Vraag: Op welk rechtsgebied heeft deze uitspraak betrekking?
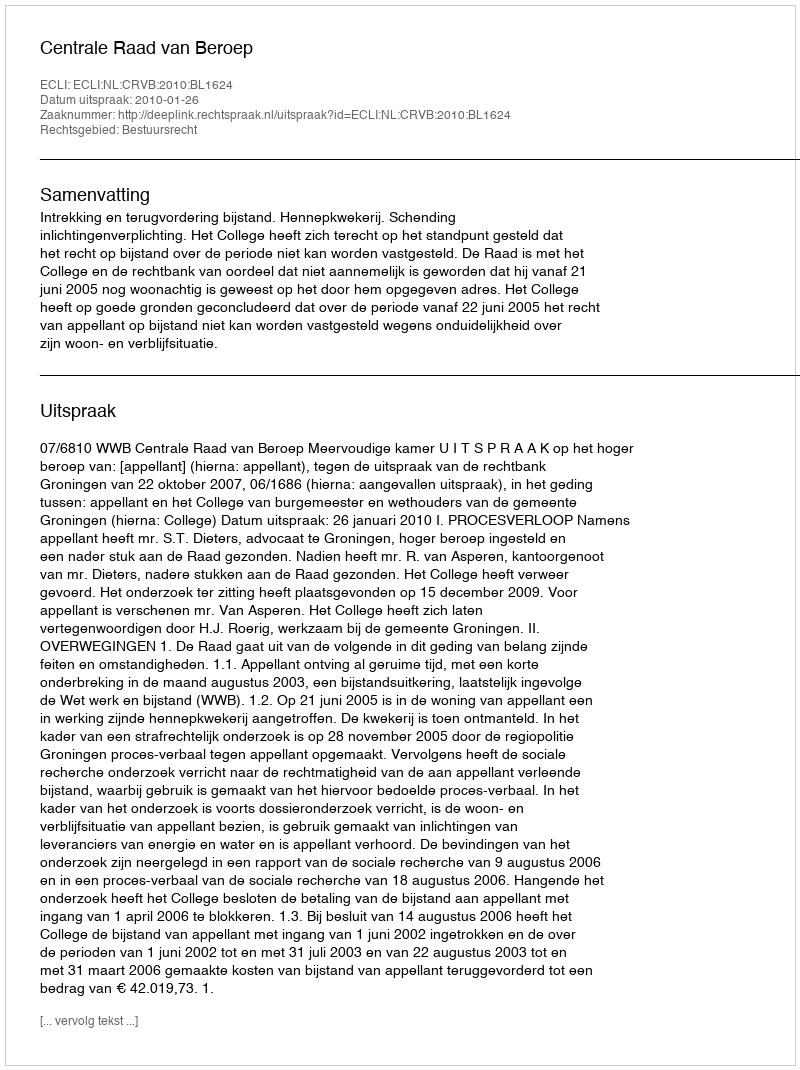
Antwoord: Bestuursrecht